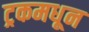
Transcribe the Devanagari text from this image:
ट्रकमधून